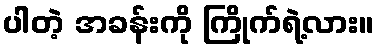
ပါတဲ့ အခန်းကို ကြိုက်ရဲ့လား။